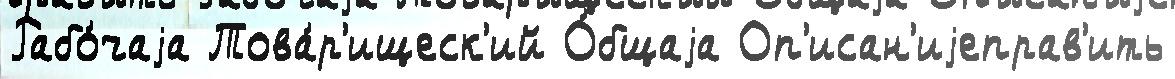
Рабо́чаjа Това́р'ищеск'ий О́бщаjа Оп'исан'иjеправ'ить